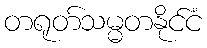
တရုတ်သမ္မတနိုင်ငံ